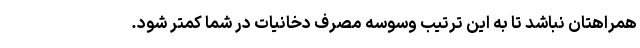
همراهتان نباشد تا به این ترتیب وسوسه مصرف دخانیات در شما کمتر شود.